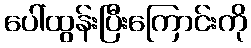
ပေါ်ထွန်းပြီးကြောင်းကို